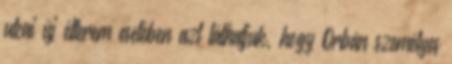
utcai új étterem esetében azt láthatjuk, hogy Orbán személyes